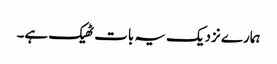
ہمارے نزدیک یہ بات ٹھیک ہے۔